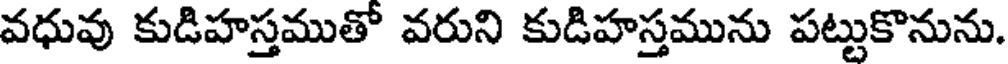
వధువు కుడిహస్తముతో వరుని కుడిహస్తమును పట్టుకొనును.